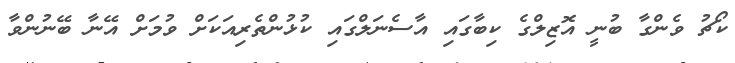
ކޯޗު ވެންގާ ބުނީ އޮޒިލްގެ ކިބާގައި އާސެނަލްގައި ކުޅުންތެރިއަކަށް ވުމަށް އޭނާ ބޭނުންވާ